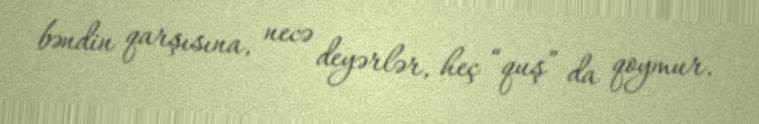
bəndin qarşısına, necə deyərlər, heç “quş” da qoymur.